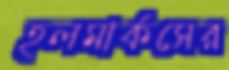
হলমার্কসের